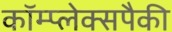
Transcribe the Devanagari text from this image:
कॉम्प्लेक्सपैकी